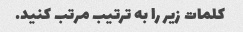
کلمات زیر را به ترتیب مرتب کنید.